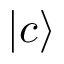
\vert c \rangle